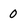
Character: 0